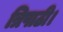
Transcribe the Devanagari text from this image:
त्रिपाठी।